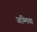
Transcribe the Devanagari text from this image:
अम्मिया